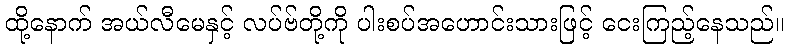
ထို့နောက် အယ်လီမေနှင့် လပ်ဗ်တို့ကို ပါးစပ်အဟောင်းသားဖြင့် ငေးကြည့်နေသည်။